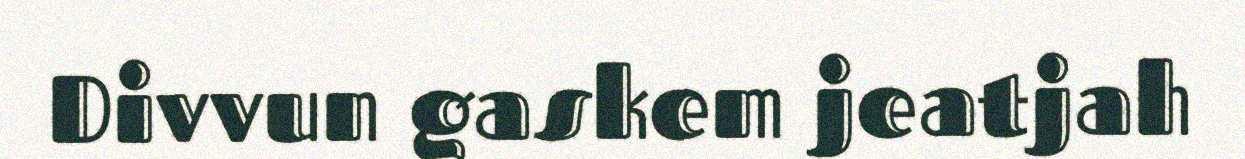
Divvun gaskem jeatjah